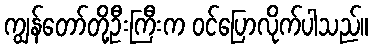
ကျွန်တော်တို့ဦးကြီးက ဝင်ပြောလိုက်ပါသည်။